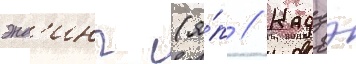
энд'инг (я́п // Кадзэ